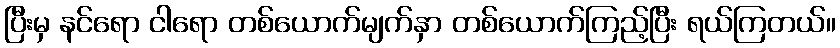
ပြီးမှ နင်ရော ငါရော တစ်ယောက်မျက်နှာ တစ်ယောက်ကြည့်ပြီး ရယ်ကြတယ်။